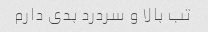
تب بالا و سردرد بدی دارم